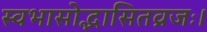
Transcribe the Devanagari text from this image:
स्वभासोद्भासितव्रजः।